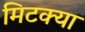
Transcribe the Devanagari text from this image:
मिटक्या